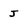
Character: j